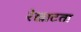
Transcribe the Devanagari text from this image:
रेखाटता